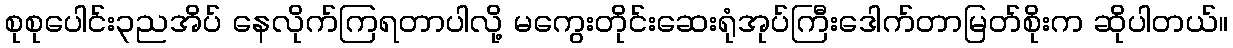
စုစုပေါင်း၃ညအိပ် နေလိုက်ကြရတာပါလို့ မကွေးတိုင်းဆေးရုံအုပ်ကြီးဒေါက်တာမြတ်စိုးက ဆိုပါတယ်။